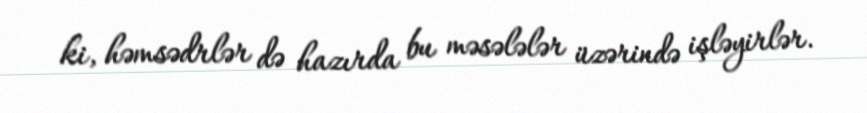
ki, həmsədrlər də hazırda bu məsələlər üzərində işləyirlər.